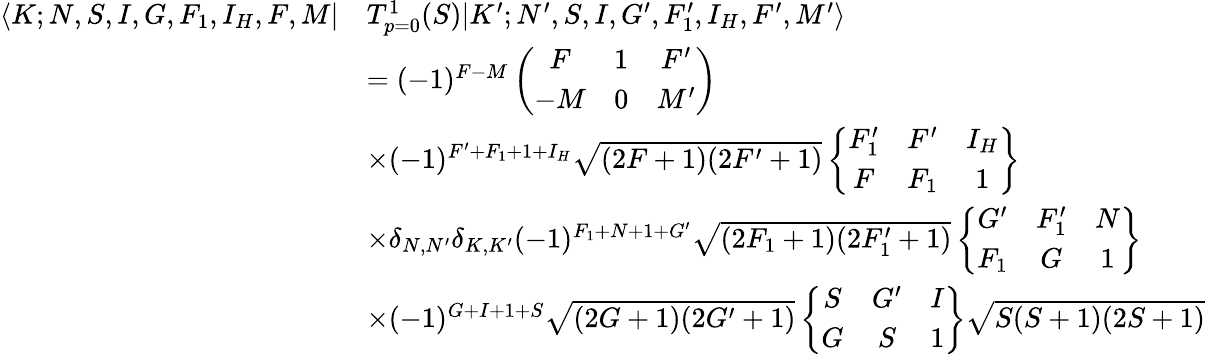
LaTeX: \begin{array}{rl}{\langle K;N,S,I,G,F_{1},I_{H},F,M|}&{T_{p=0}^{1}(S)|K^{\prime};N^{\prime},S,I,G^{\prime},F_{1}^{\prime},I_{H},F^{\prime},M^{\prime}\rangle}\\ &{=(-1)^{F-M}\left(\begin{array}{ccc}{F}&{1}&{F^{\prime}}\\ {-M}&{0}&{M^{\prime}}\end{array}\right)}\\ &{\times(-1)^{F^{\prime}+F_{1}+1+I_{H}}\sqrt{(2F+1)(2F^{\prime}+1)}\left\{ \begin{array}{ccc}{F_{1}^{\prime}}&{F^{\prime}}&{I_{H}}\\ {F}&{F_{1}}&{1}\end{array}\right\} }\\ &{\times\delta_{N,N^{\prime}}\delta_{K,K^{\prime}}(-1)^{F_{1}+N+1+G^{\prime}}\sqrt{(2F_{1}+1)(2F_{1}^{\prime}+1)}\left\{ \begin{array}{ccc}{G^{\prime}}&{F_{1}^{\prime}}&{N}\\ {F_{1}}&{G}&{1}\end{array}\right\} }\\ &{\times(-1)^{G+I+1+S}\sqrt{(2G+1)(2G^{\prime}+1)}\left\{ \begin{array}{ccc}{S}&{G^{\prime}}&{I}\\ {G}&{S}&{1}\end{array}\right\} \sqrt{S(S+1)(2S+1)}}\end{array}